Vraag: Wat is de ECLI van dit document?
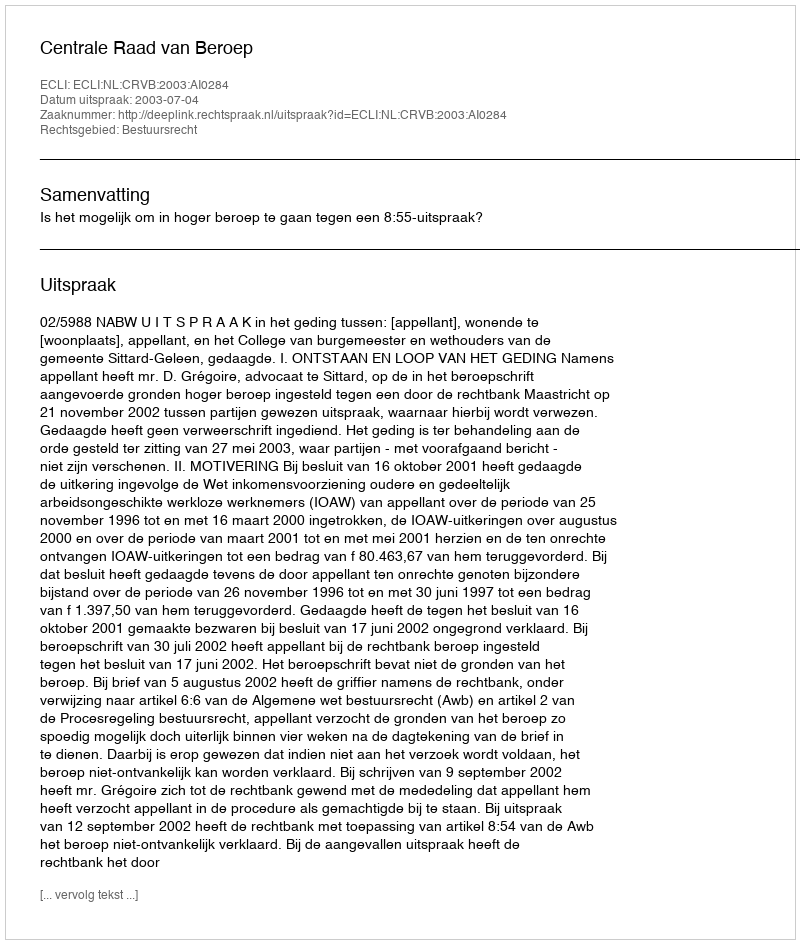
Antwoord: ECLI:NL:CRVB:2003:AI0284